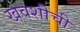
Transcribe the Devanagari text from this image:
खवशीची